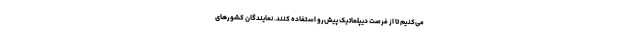
می‌کنیم تا از فرصت دیپلماتیک پیش‌رو استفاده کنند. نمایندگان کشورهای